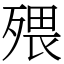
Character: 㱬